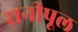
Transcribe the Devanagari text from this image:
रानीपूल